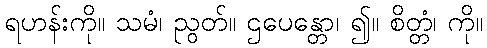
ရဟန်းကို။ သမံ၊ ညွတ်။ ဌပေန္တော၊ ၍။ စိတ္တံ၊ ကို။